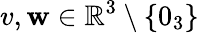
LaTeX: v,\mathbf{w}\in\mathbb{{R}}^{3}\setminus\{ 0_{3}\}